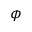
\phi